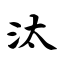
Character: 汰